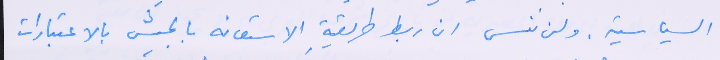
السياسية. ولن ننسى ان ربط طريقة الاستعانه بالجيش بالاعتبارات